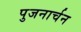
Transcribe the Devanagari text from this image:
पुजनार्चन